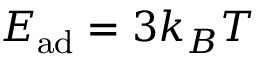
E _ { \mathrm { a d } } = 3 k _ { B } T